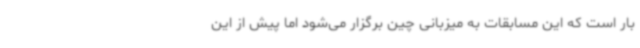
بار است که این مسابقات به میزبانی چین برگزار می‌شود اما پیش از این